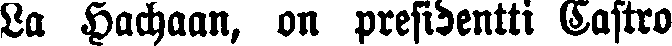
La Hachaan, on presidentti Castro